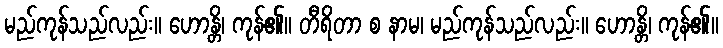
မည်ကုန်သည်လည်း။ ဟောန္တိ၊ ကုန်၏။ တီရိတာ စ နာမ၊ မည်ကုန်သည်လည်း။ ဟောန္တိ၊ ကုန်၏။